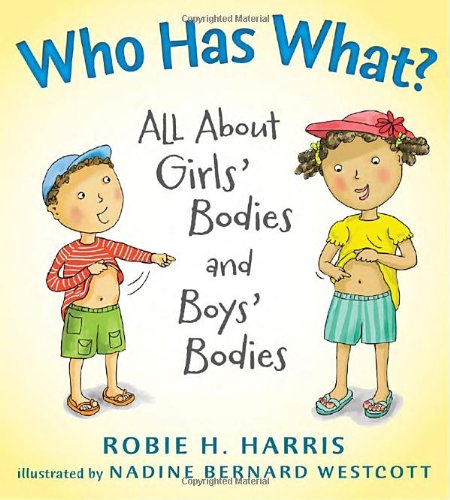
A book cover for Who Has What?: All About Girls' Bodies and Boys' Bodies (Let's Talk about You and Me); Robie H. Harris; Parenting & Relationships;